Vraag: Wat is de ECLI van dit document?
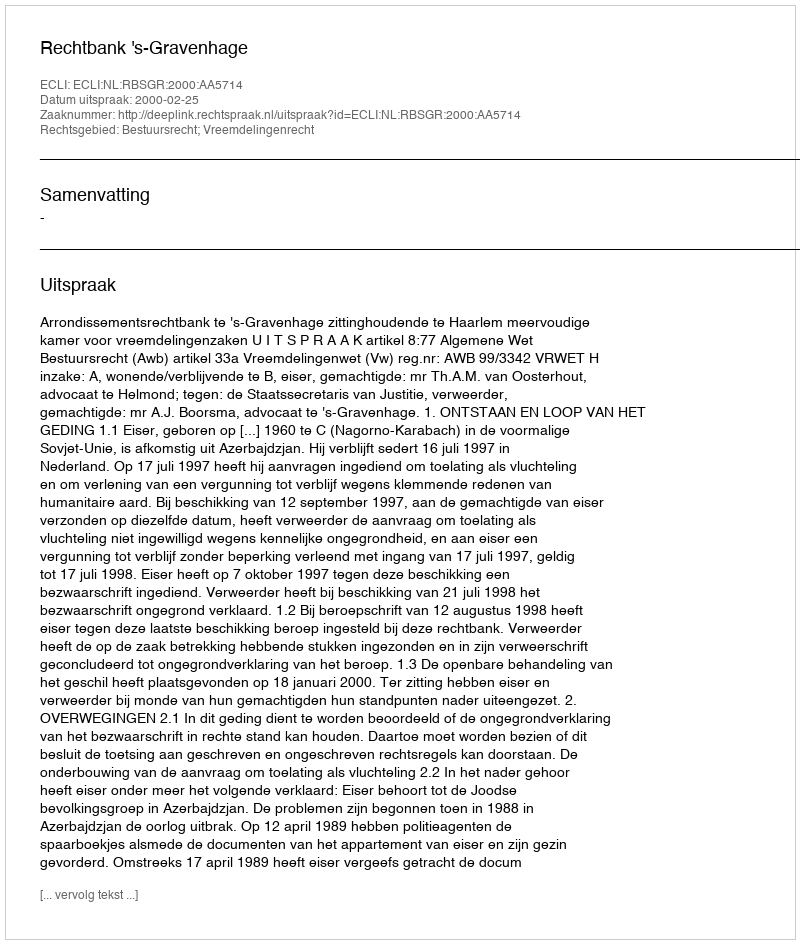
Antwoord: ECLI:NL:RBSGR:2000:AA5714